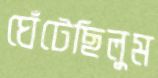
ঘেঁটেছিলুম